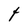
Character: t